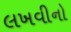
લખવીનો